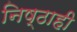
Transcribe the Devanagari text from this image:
निष्ठाही